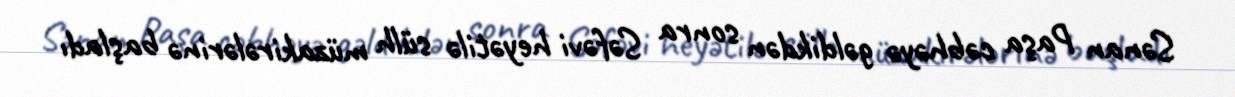
Sənan Paşa cəbhəyə gəldikdən sonra Səfəvi heyətilə sülh müzakirələrinə başladı